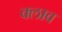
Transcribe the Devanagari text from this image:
क्लाव